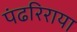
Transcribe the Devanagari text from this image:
पंढरिराया